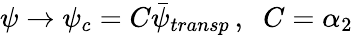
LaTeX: \psi\rightarrow\psi_{c}=C\bar{\psi}_{transp}\, ,\; \; C=\alpha_{2}